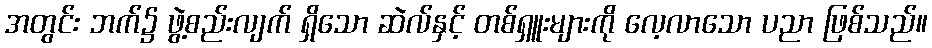
အတွင်း ဘက်၌ ဖွဲ့စည်းလျက် ရှိသော ဆဲလ်နှင့် တစ်ရှူးများကို လေ့လာသော ပညာ ဖြစ်သည်။